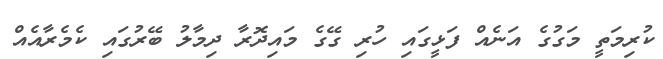
ކުރިމަތީ މަގުގެ އަނެއް ފަޅީގައި ހުރި ގޭގެ މައިދޮރާ ދިމާލު ބޭރުގައި ކެމެރާއެއް